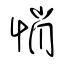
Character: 悄